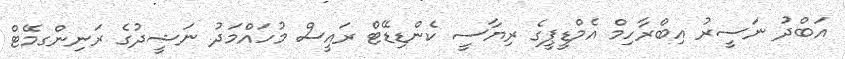
އަބްދު ނަސީރު އިބްރާހިމް އެމްޑީޕީގެ ރިޔާސީ ކެންޑިޑޭޓް ރައީސް މުހައްމަދު ނަޝީދުގެ ރަނިންގމޭޓް